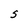
Character: S